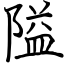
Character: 隘